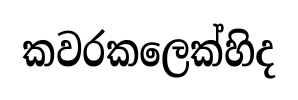
කවරකලෙක්හිද